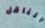
الناقل